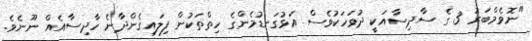
"ނޮވެމްބަރު 3 ގެ ސާދިސާއަކީ ދުވަހަކުވެސް އަޅުގަނޑުމެންގެ ހިތްތަކުން ފިލައިގެންދާނެ ހާދިސާއެއް ނޫނެވެ.